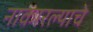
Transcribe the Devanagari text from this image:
नाकारल्याचे